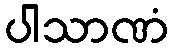
ပါသာဏံ